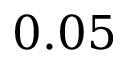
0 . 0 5